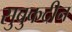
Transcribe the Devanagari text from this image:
सुबुकदीन